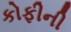
કોફીની